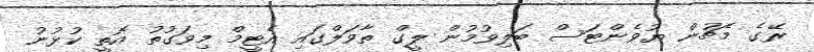
ރޭގެ މެޗުން ޔުވެންޓަސް ބަލިވުމުން ލީގް ތާވަލްގައި އެޓީމް މިވަގުތު އޮތީ ކުޅުނު